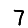
Digit: 7